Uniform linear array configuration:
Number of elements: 16
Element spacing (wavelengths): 0.25
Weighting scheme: cosine
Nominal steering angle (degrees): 15
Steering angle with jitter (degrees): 13.379
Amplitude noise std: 0.05
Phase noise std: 0.05

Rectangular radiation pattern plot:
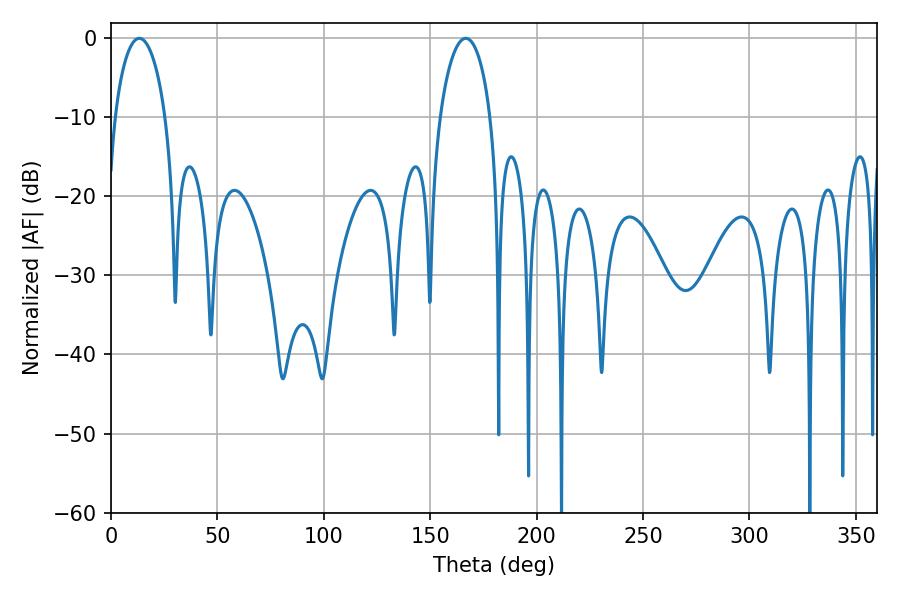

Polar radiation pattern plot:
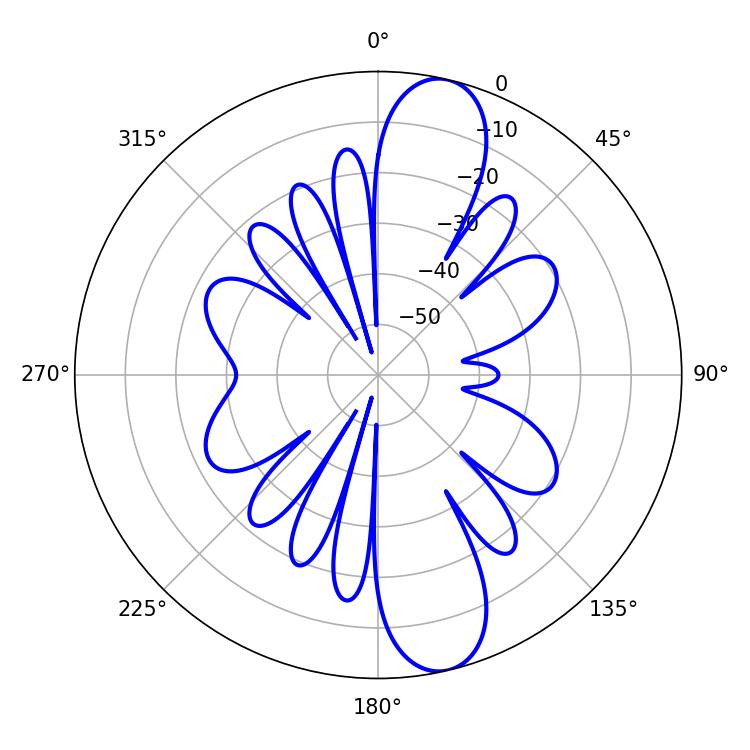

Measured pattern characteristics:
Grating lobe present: FALSE
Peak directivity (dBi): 12.331
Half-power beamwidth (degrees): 13.5
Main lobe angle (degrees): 13.32